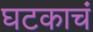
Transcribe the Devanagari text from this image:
घटकाचं